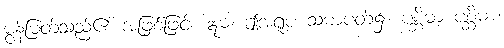
မွန်မြတ်သည်၏ အဖြစ်ဖြင့်။ ဣဓ၊ ဤအရူပ သမာပတ်၌။ ပစ္ဆိမာ ပစ္ဆိမာ၊